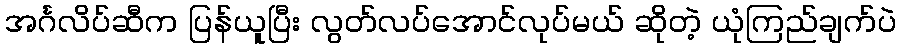
အင်္ဂလိပ်ဆီက ပြန်ယူပြီး လွတ်လပ်အောင်လုပ်မယ် ဆိုတဲ့ ယုံကြည်ချက်ပဲ